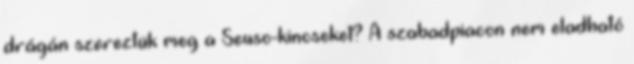
drágán szereztük meg a Seuso-kincseket? A szabadpiacon nem eladható